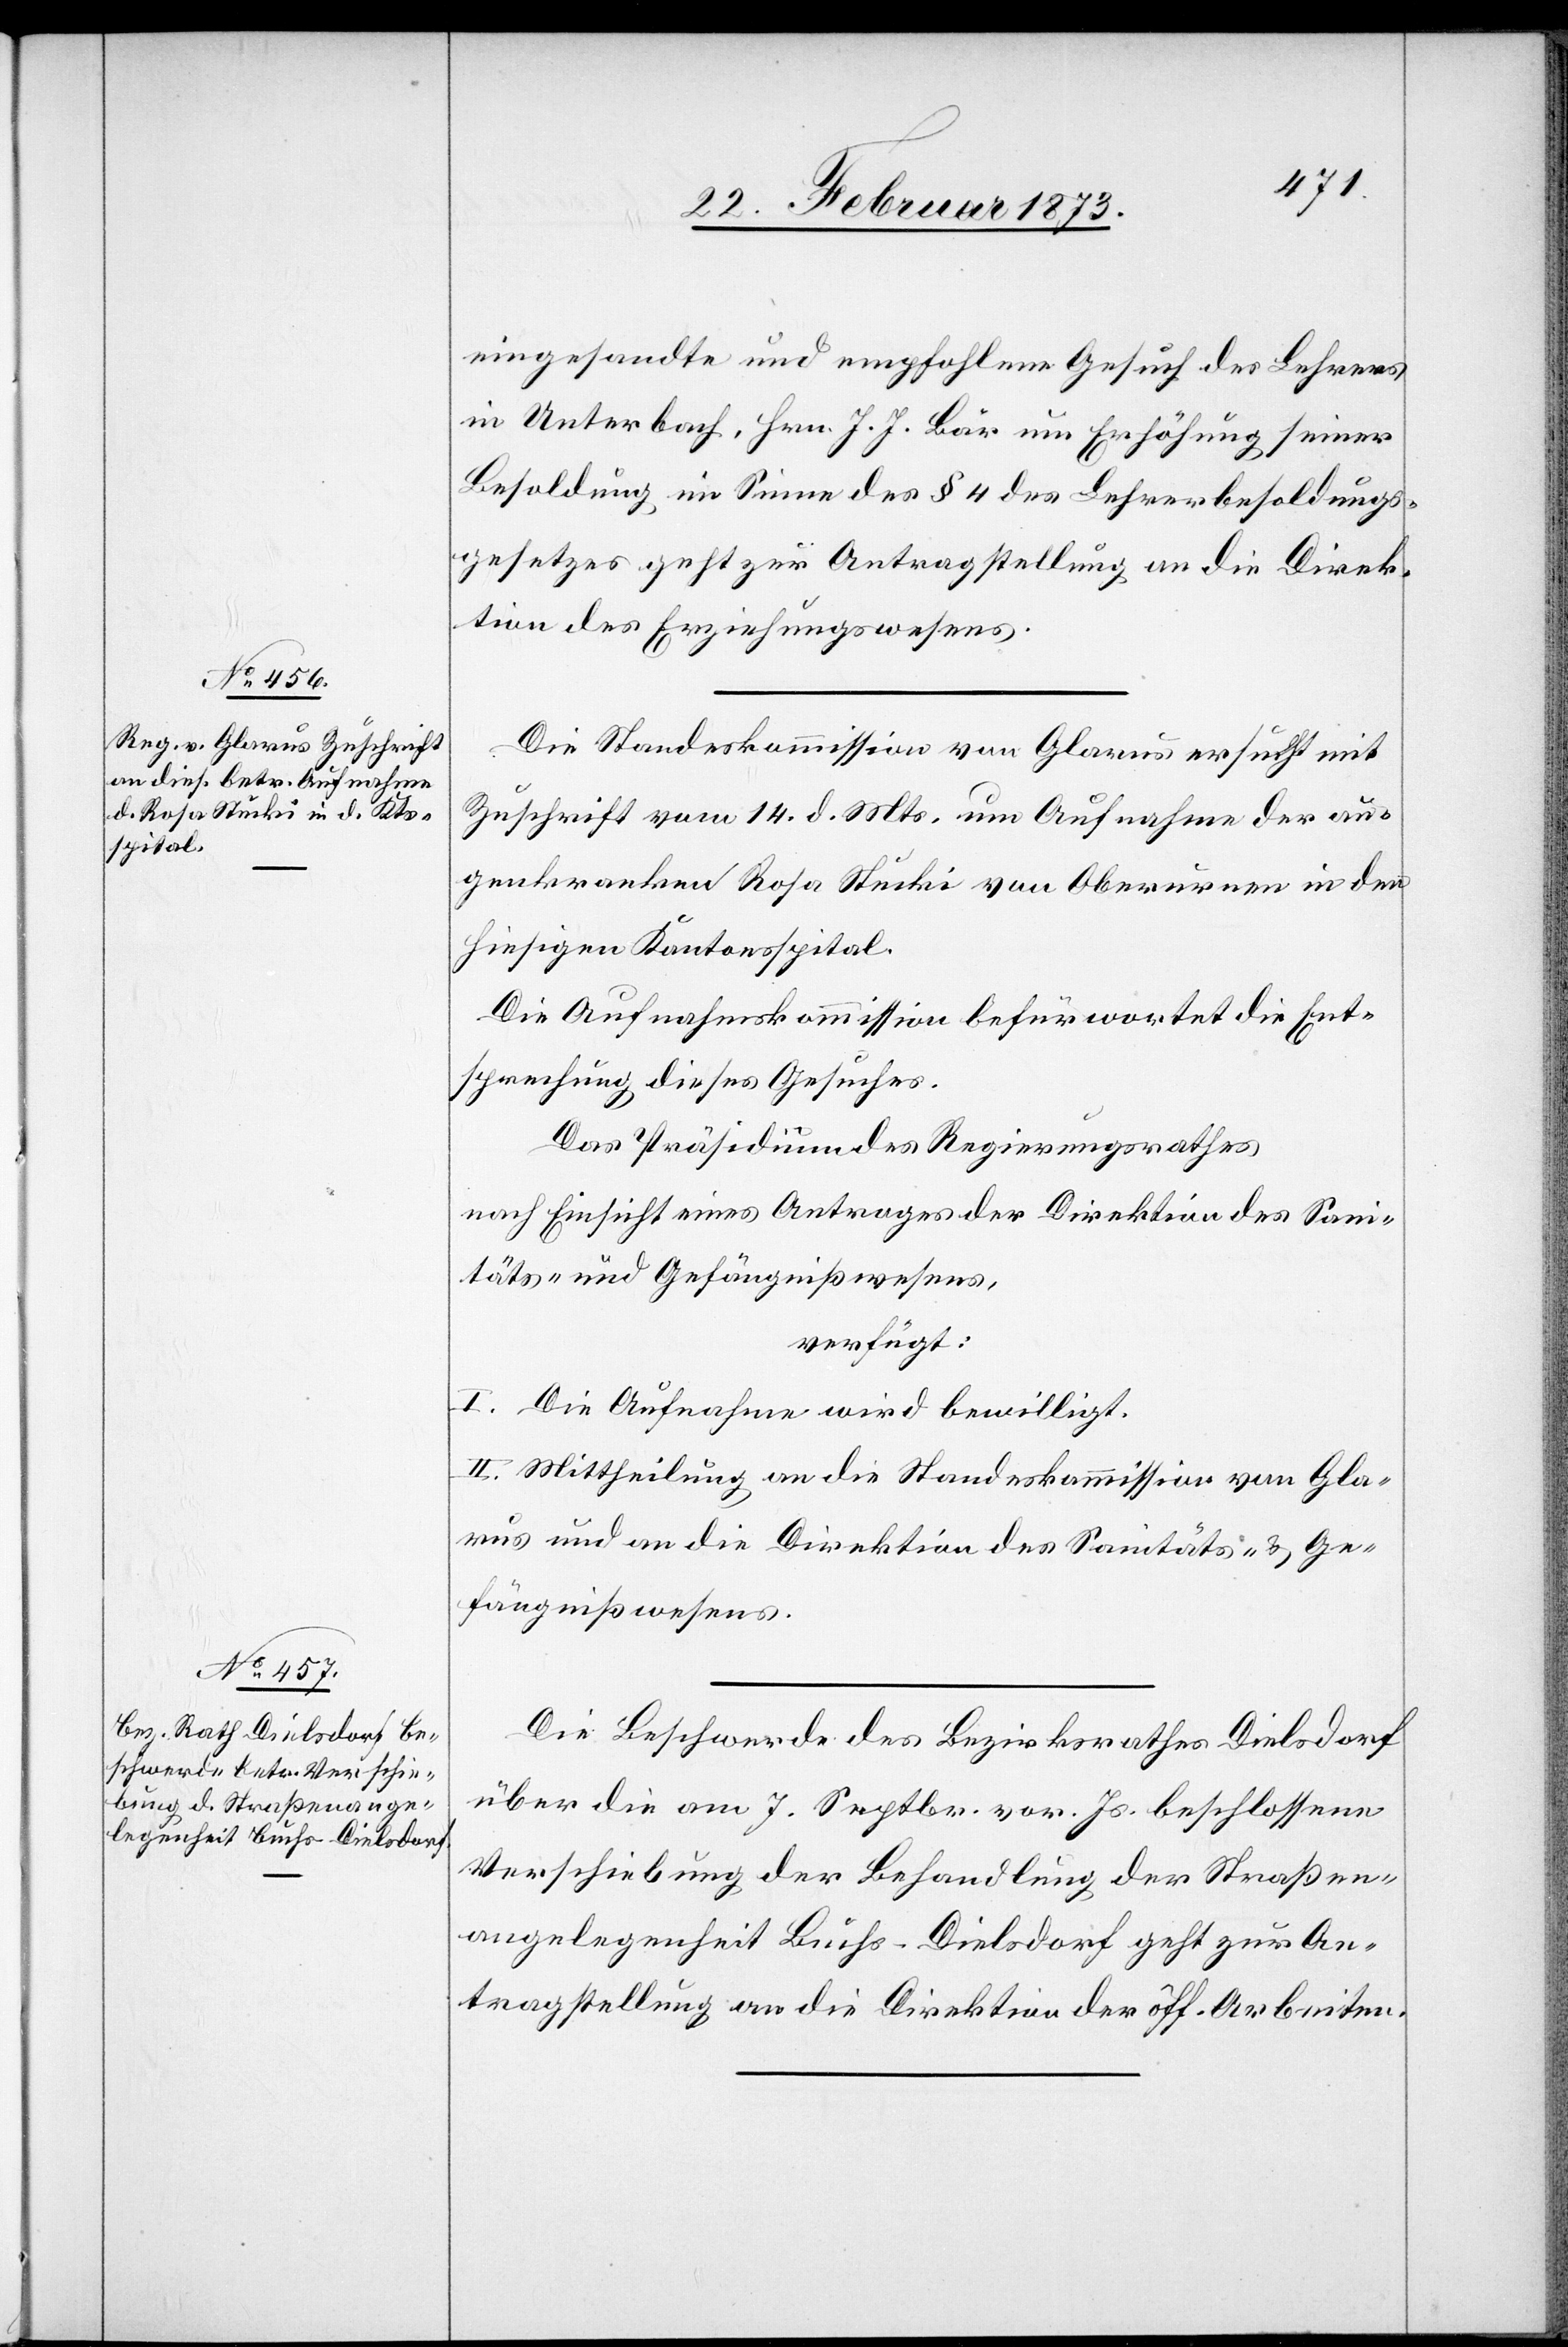
24. Februar 1873.]
eingesandte und empfohlene Gesuch des Lehrers
in Unterbach, Hrn. J. J. Bär um Erhöhung seiner
Besoldung im Sinne des § 4 des Lehrerbesoldungs¬
gesetzes geht zur Antragstellung an die Direk¬
tion des Erziehungswesens.
Die Standeskommission von Glarus ersucht mit
Zuschrift vom 14. d. Mts. um Aufnahme der au¬
genkranken Rosa Stucki von Oberurnen in den
hiesigen Kantonsspital.
Die Aufnahmskommission befürwortet die Ent¬
sprechung dieses Gesuches.
Das Präsidium des Regierungsrathes
nach Einsicht eines Antrages der Direktion des Sani¬
täts- und Gefängnißwesens,
verfügt:
I. Die Aufnahme wird bewilligt.
II. Mittheilung an die Standeskommission von Gla¬
rus und an die Direktion des Sanitäts- u. Ge¬
fängnißwesens.
Die Beschwerde des Bezirksrathes Dielsdorf
über die am 7. Septbr. vor. Js. beschlossene
Verschiebung der Behandlung der Straßen¬
angelegenheit Buchs–Dielsdorf geht zur An¬
tragstellung an die Direktion der öffentlichen